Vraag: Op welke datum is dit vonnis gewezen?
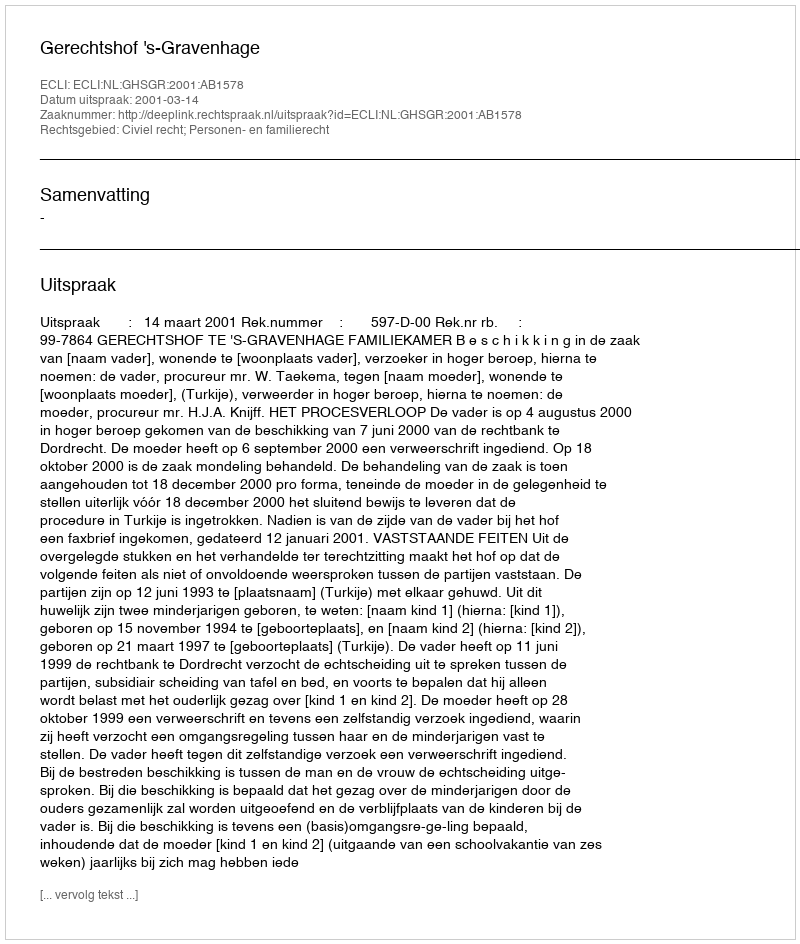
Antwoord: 2001-03-14